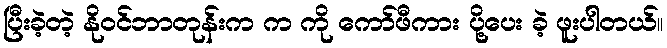
ပြီးခဲ့တဲ့ နိုဝင်ဘာတုန်းက က ကို ကော်ဖီကား ပို့ပေး ခဲ့ ဖူးပါတယ်။